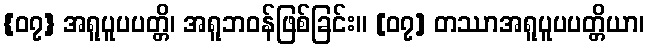
{၀၇} အရူပူပပတ္တိ၊ အရူဘဝန်ဖြစ်ခြင်း။ [၀၇] တဿာအရူပူပပတ္တိယာ၊